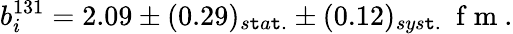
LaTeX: b_{i}^{131}=2.09\pm(0.29)_{s\mathtt{t}a\mathtt{t}.}\pm(0.12)_{sys\mathtt{t}.}\space\mathrm{{~f~m~}}.